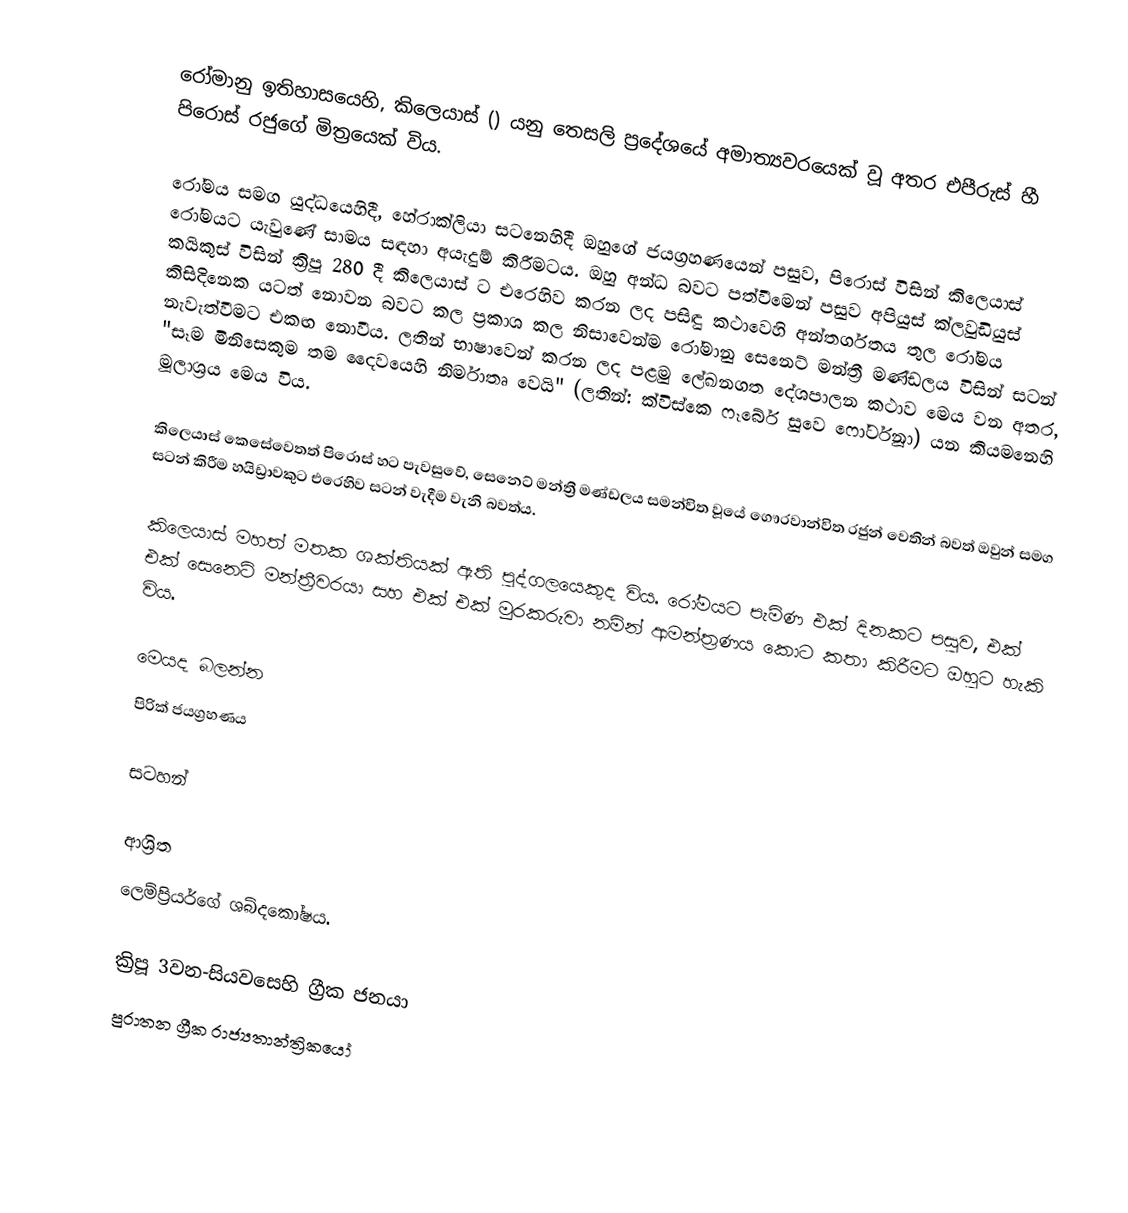
රෝමානු ඉතිහාසයෙහි, කිලෙයාස් () යනු  තෙසලි ප්‍රදේශයේ අමාත්‍යවරයෙක් වූ අතර එපීරුස් හී  පිරොස් රජුගේ මිත්‍රයෙක් විය.

රෝමය සමග යුද්ධයෙහිදී,  හේරාක්ලියා සටනෙහිදී ඔහුගේ ජයග්‍රහණයෙන් පසුව, පිරොස් විසින්  කිලෙයාස් රෝමයට යැවුණේ සාමය සඳහා අයැදුම් කිරීමටය. ඔහු අන්ධ බවට පත්වීමෙන් පසුව අපියුස් ක්ලවුඩියුස් කයිකුස් විසින් ක්‍රිපූ 280 දී කිලෙයාස් ට එරෙහිව කරන ලද පසිඳු කථාවෙහි අන්තර්ගතය තුල රෝමය කිසිදිනෙක යටත් නොවන බවට කල ප්‍රකාශ කල නිසාවෙන්ම රෝමානු සෙනෙට් මන්ත්‍රී මණ්ඩලය විසින් සටන් නැවැත්වීමට එකඟ නොවීය. ලතින් භාෂාවෙන් කරන ලද පළමු ලේඛනගත දේශපාලන කථාව මෙය වන අතර,  "සෑම මිනිසෙකුම තම දෛවයෙහි නිර්මාතෘ වෙයි" (ලතින්: ක්විස්කෙ ෆෑබේර් සුවෙ ෆෝර්ටූනා) යන කියමනෙහි මූලාශ්‍රය මෙය විය.

කිලෙයාස් කෙසේවෙතත් පිරොස් හට පැවසුවේ, සෙනෙට් මන්ත්‍රී මණ්ඩලය සමන්විත වූයේ ගෞරවාන්විත රජුන් වෙතින් බවත් ඔවුන් සමග සටන් කිරීම හයිඩ්‍රාවකුට එරෙහිව සටන් වැදීම වැනි බවත්ය.

කිලෙයාස් මහත් මතක ශක්තියක් ඇති පුද්ගලයෙකුද විය. රෝමයට පැමිණ එක් දිනකට පසුව, එක් එක් සෙනෙට් මන්ත්‍රීවරයා සහ එක් එක් මුරකරුවා නමින් ආමන්ත්‍රණය කොට කතා කිරීමට ඔහුට හැකි විය.

මෙයද බලන්න
 පිරික් ජයග්‍රහණය

සටහන්

ආශ්‍රිත
 ලෙම්ප්‍රියර්ගේ ශබ්දකෝෂය.

ක්‍රිපූ 3වන-සියවසෙහි ග්‍රීක ජනයා
පුරාතන ග්‍රීක රාජ්‍යතාන්ත්‍රිකයෝ